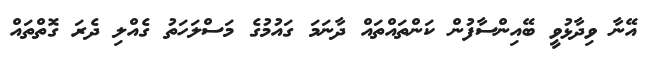
އޭނާ ވިދާޅުވީ ބޭއިންސާފުން ކަންތައްތައް ދާނަމަ ގައުމުގެ މަސްލަހަތު ގެއްލި ދެރަ ގޮތްތައް